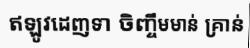
ឥឡូវដេញទា ចិញ្ចឹមមាន់ គ្រាន់